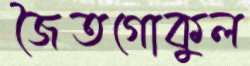
জৈতগোকুল